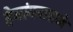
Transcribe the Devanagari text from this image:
हेमांगनाराजे